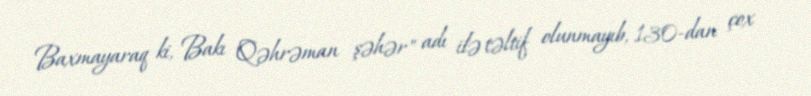
Baxmayaraq ki, Bakı "Qəhrəman şəhər" adı ilə təltif olunmayıb, 130-dan çox